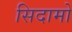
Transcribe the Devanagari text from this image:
सिदामो